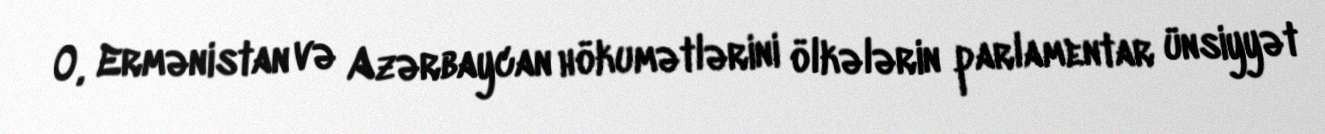
O, Ermənistan və Azərbaycan hökumətlərini ölkələrin parlamentar ünsiyyət